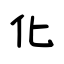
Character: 化